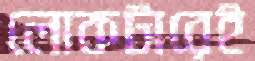
লোকটারেই